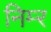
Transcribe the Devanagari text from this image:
निम्‍र